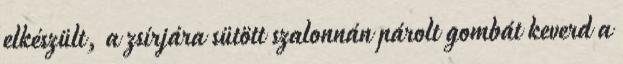
elkészült, a zsírjára sütött szalonnán párolt gombát keverd a